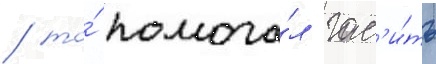
/ то́ помога́л гас'и́ть